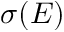
\sigma ( E )